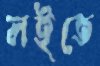
লইতে